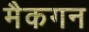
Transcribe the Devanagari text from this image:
मैकगन